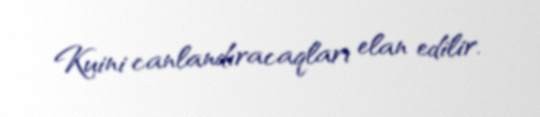
Kuini canlandıracaqları elan edilir.